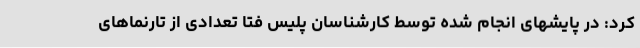
کرد: در پایشهای انجام شده توسط کارشناسان پلیس فتا تعدادی از تارنماهای